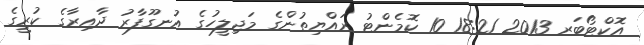
އޮކްޓޯބަރ 2013 18:21 10 ކޮމެންޓު ރައްޔިތުންގެ މަޖިލީހުގެ އުނގޫފާރު ދާއިރާގެ ކުރީގެ